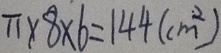
\pi \times 8 \times 6 = 1 4 4 ( c m ^ { 2 } )